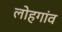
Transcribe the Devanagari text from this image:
लोहगांव